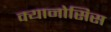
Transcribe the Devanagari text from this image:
क्यानोसिस